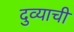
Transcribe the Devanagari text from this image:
दुव्याची